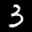
Label: 3